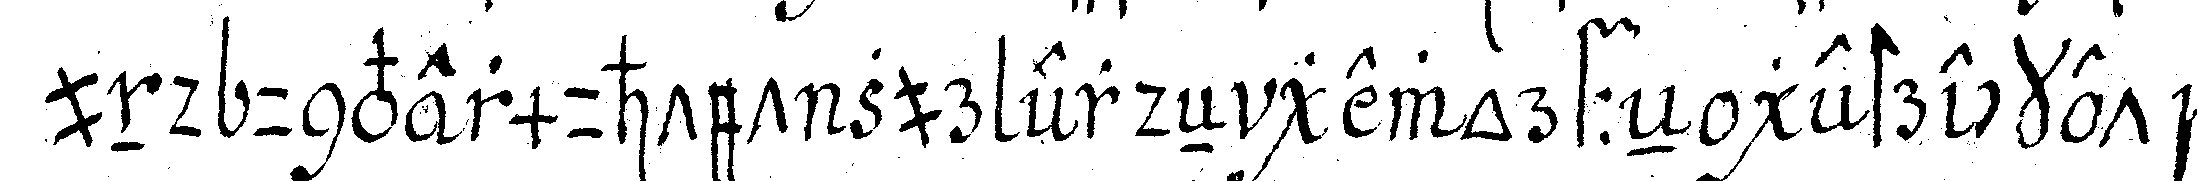
und unvermuhtet zur erdeN geworffeN gestrecket